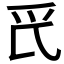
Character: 𱬵